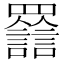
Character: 𦌽